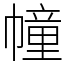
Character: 幢